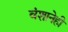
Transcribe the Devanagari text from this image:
वंशानेही